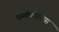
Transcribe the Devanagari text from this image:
फर्माकोपिया